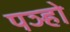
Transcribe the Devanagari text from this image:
पञ्हो